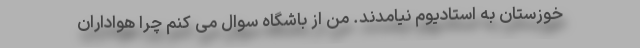
خوزستان به استادیوم نیامدند. من از باشگاه سوال می کنم چرا هواداران